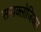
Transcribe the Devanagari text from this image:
सायक्लोजिक्ल